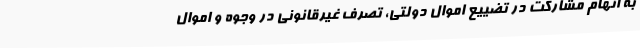
به اتهام مشارکت در تضییع اموال دولتی، تصرف غیرقانونی در وجوه و اموال